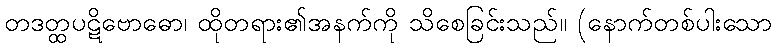
တဒတ္ထပဋိဗောဓော၊ ထိုတရား၏အနက်ကို သိစေခြင်းသည်။ (နောက်တစ်ပါးသော